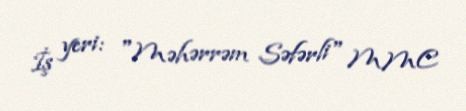
İş yeri: "Məhərrəm Səfərli" MMC